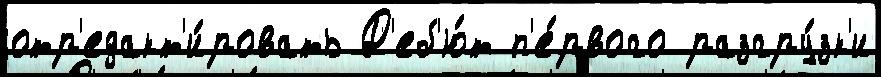
отр'едакт'и́ровать Д'еб'ю́т п'е́рвого разгру́зк'и